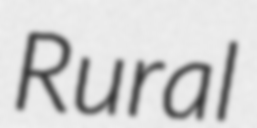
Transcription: Rural